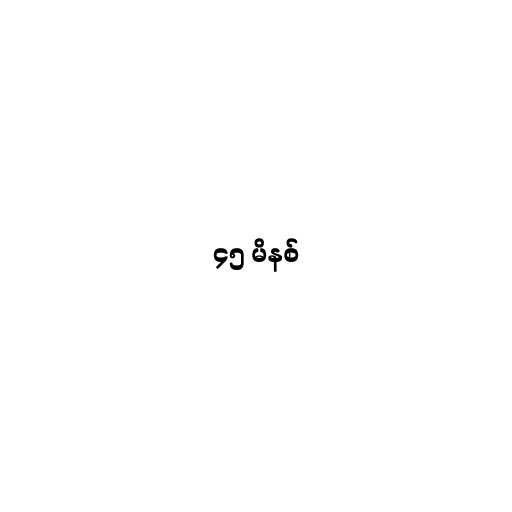
၄၅ မိနစ်